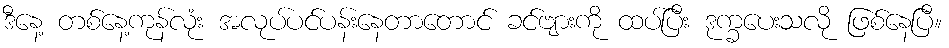
ဒီနေ့ တစ်နေ့ကုန်လုံး အလုပ်ပင်ပန်းနေတာတောင် ခင်ဗျားကို ထပ်ပြီး ဒုက္ခပေးသလို ဖြစ်နေပြီ။